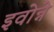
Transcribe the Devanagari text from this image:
इवोन्ने